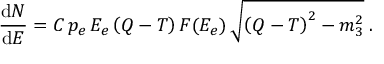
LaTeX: { \frac { \displaystyle \mathrm { d } N } { \displaystyle \mathrm { d } E } } = C \, p _ { e } \, E _ { e } \left( Q - T \right) F ( E _ { e } ) \, \sqrt { \left( Q - T \right) ^ { 2 } - m _ { 3 } ^ { 2 } } \; .